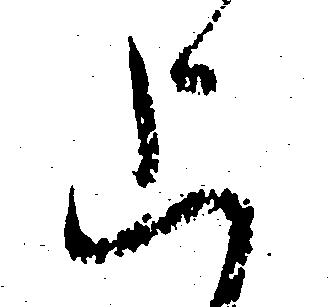
上